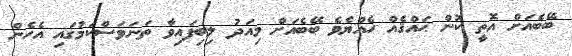
ބޭބެއަށް އޮތީ ކޮން ޙައްޤެއް ހެއްޔެވެ ބޭބެއަށް މިއަދު ލިބިފައިވާ ތަނަވަސްކަމުގައި އެހެން